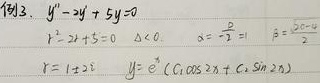
例3. 对于方程\(y'' - 2y'+5y = 0\)，其特征方程为\(r^{2}-2r + 5=0\) 。

由于\(\Delta<0\)，根据求根公式计算\(a=\frac{2}{2}=1\)，\(\beta=\frac{\sqrt{4 - 20}}{2}\)，解得\(r = 1\pm2i\) 。

所以该方程的通解为\(y = e^{x}(C_{1}\cos2x + C_{2}\sin2x)\) 。